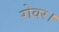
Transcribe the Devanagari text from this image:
रोवर।